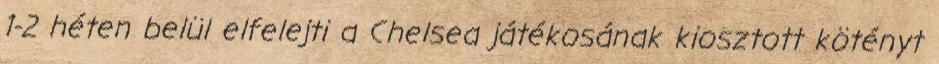
1-2 héten belül elfelejti a Chelsea játékosának kiosztott kötényt